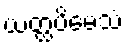
ယတ္ထပိမေသံ